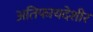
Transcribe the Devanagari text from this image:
अतिफायदेशीर